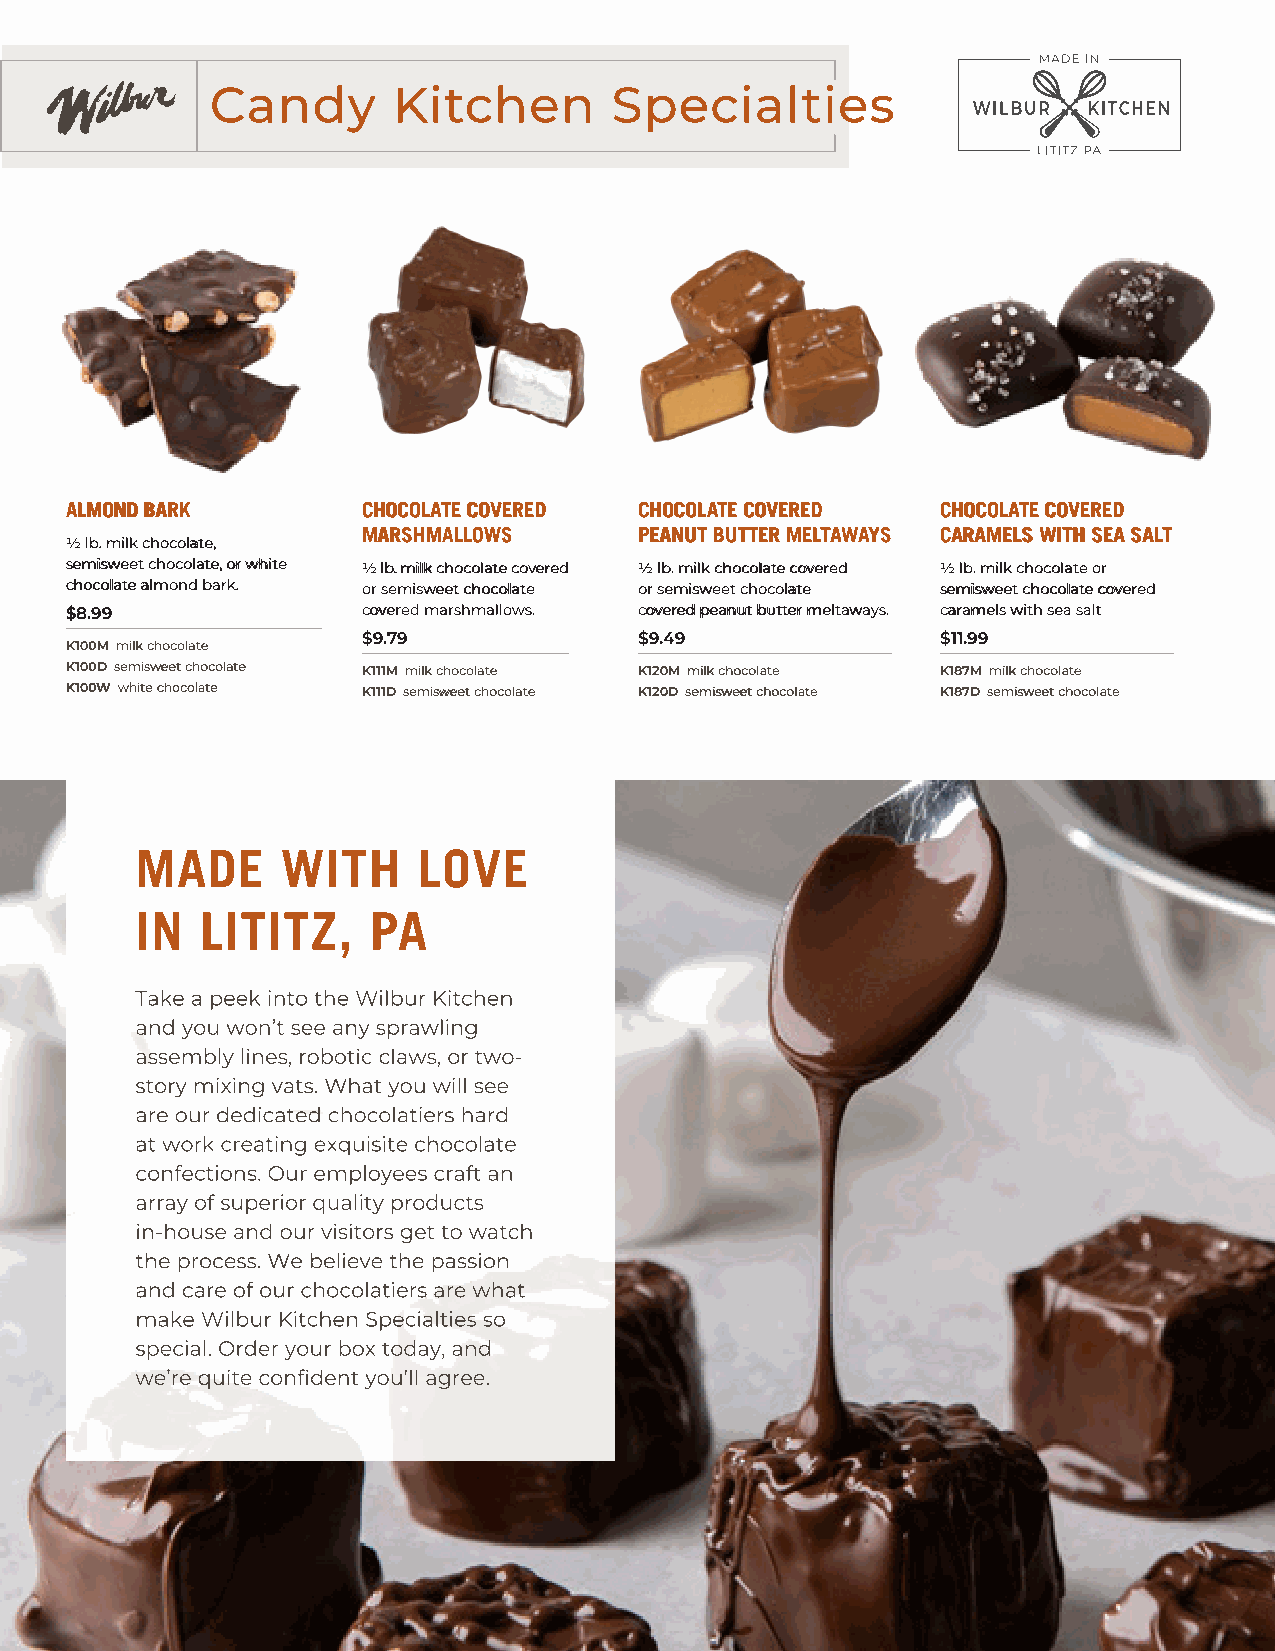
ALMOND BARK         CHOCOLATE COVERED CHOCOLATE COVERED   CHOCOLATE COVERED
 MARSHMALLOWS      PEANUT BUTTER MELTAWAYS CARAMELS WITH SEA SALT
 ½ lb. milk chocolate,
 semisweet chocolate, or white ½ lb. milk chocolate covered ½ lb. milk chocolate covered ½ lb. milk chocolate or
 chocolate almond bark. or semisweet chocolate or semisweet chocolate semisweet chocolate covered
 $8.99               covered marshmallows. covered peanut butter meltaways. caramels with sea salt
 $9.79             $9.49               $11.99
 K100M milk chocolate
 K100D semisweet chocolate K111M milk chocolate K120M milk chocolate K187M milk chocolate
 K100W white chocolate K111D semisweet chocolate K120D semisweet chocolate K187D semisweet chocolate